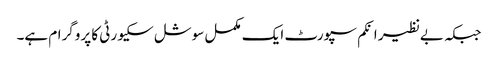
جبکہ بےنظیر انکم سپورٹ ایک مکمل سوشل سکیورٹی کا پروگرام ہے۔